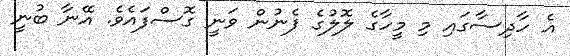
އެ ހާދިސާގައި މި މީހާގެ ލޮލުގެ ފެނުން ވަނީ ގޮސްފައެވެ. އޭނާ ބުނީ